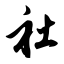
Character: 社